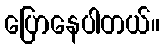
ပြောနေပါတယ်။